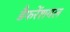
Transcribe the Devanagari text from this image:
डैफरेंशयल